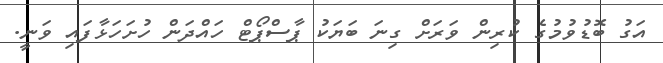
އަގު ބޮޑުވުމުގެ ކުރިން ވަރަށް ގިނަ ބަޔަކު ޕާސްޕޯޓް ހައްދަން ހުށަހަޅާފައި ވަނީ.